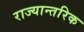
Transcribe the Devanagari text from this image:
राज्यान्तरिक